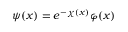
\psi ( x ) = e ^ { - \chi ( x ) } \varphi ( x )